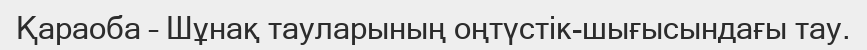
Қараоба – Шұнақ тауларының оңтүстік-шығысындағы тау.